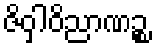
ဇိဝှါဝိညာဏဉ္စ